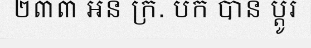
២៣៣ អន ក្រ. បក បាន ប្តូរ